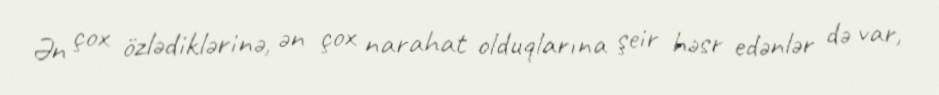
Ən çox özlədiklərinə, ən çox narahat olduqlarına şeir həsr edənlər də var,